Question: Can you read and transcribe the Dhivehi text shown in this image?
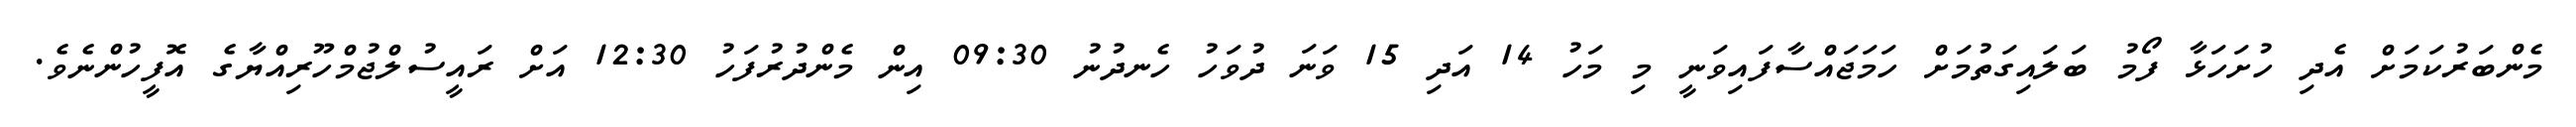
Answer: މެންބަރުކަމަށް އެދި ހުށަހަޅާ ފޯމު ބަލައިގަތުމަށް ހަމަޖައްސާފައިވަނީ މި މަހު 14 އަދި 15 ވަނަ ދުވަހު ހެނދުނު 09:30 އިން މެންދުރުފަހު 12:30 އަށް ރައީސުލްޖުމްހޫރިއްޔާގެ އޮފީހުންނެވެ.